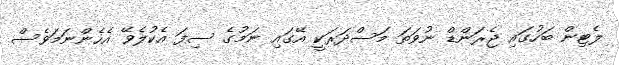
ލެޓިން ބަހުގައި ޖެރަންޑް ނުވަތަ މަސްދަރަކީ އޭގައި ނަމުގެ ސިފަ އެކުލެވޭ އެހެންނަމަވެސް